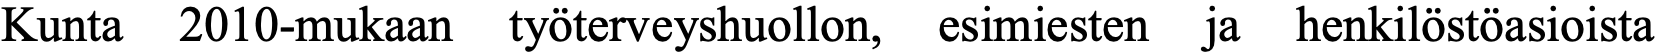
Kunta 2010-mukaan työterveyshuollon, esimiesten ja henkilöstöasioista